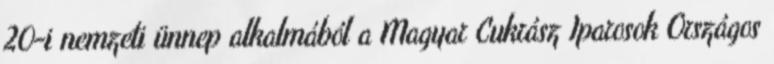
20-i nemzeti ünnep alkalmából a Magyar Cukrász Iparosok Országos